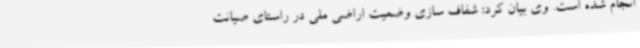
انجام شده است. وی بیان کرد: شفاف سازی وضعیت اراضی ملی در راستای صیانت